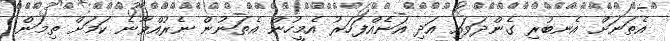
އެތަނަށް އެނބުރި ގެންދަވައި އަދި އަނެއްފަހަރު އެމީހުން އެތަނުން ނެރުއްވާނެ ކަމަށް ތިމަން